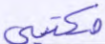
مكتبي